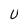
Character: U